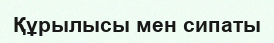
Құрылысы мен сипаты